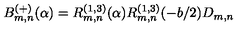
B _ { m , n } ^ { ( + ) } ( \alpha ) = R _ { m , n } ^ { ( 1 , 3 ) } ( \alpha ) R _ { m , n } ^ { ( 1 , 3 ) } ( - b / 2 ) D _ { m , n }